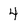
Character: 4